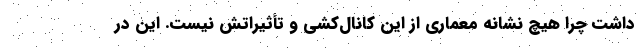
داشت چرا هیچ نشانه معماری از این کانال‌کشی و تأثیراتش نیست. این در